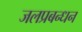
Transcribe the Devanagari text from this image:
जलप्रबन्धन